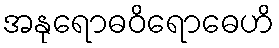
အနုရောဓဝိရောဓေဟိ